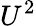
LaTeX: U^{2}